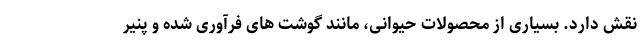
نقش دارد. بسیاری از محصولات حیوانی، مانند گوشت های فرآوری شده و پنیر